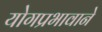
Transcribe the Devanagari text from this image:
योगप्रभावाने